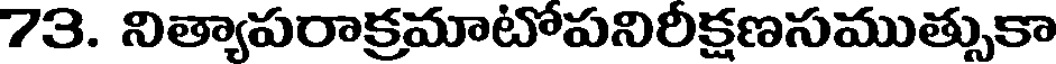
73. నిత్యాపరాక్రమాటోపనిరీక్షణసముత్సుకా